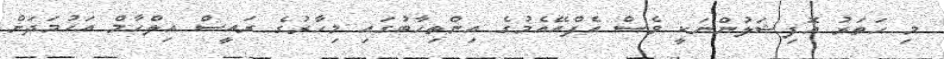
މި ހަތަރު އޮފިޝަލުންނަކީ ވެސް އެފްއޭއެމުގެ އިންތިހާބުގައި މިހާރުގެ ރައީސް އިލްހާމް އަހުމަދަށް